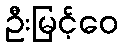
ဦးမြင့်ဝေ